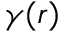
\gamma ( r )